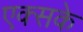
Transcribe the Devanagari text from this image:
एक्सके